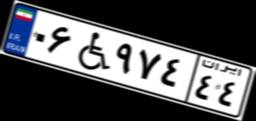
۰۶W۹۷۴۴۴